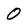
Character: 0